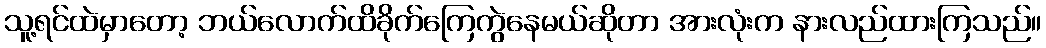
သူ့ရင်ထဲမှာတော့ ဘယ်လောက်ထိခိုက်ကြေကွဲနေမယ်ဆိုတာ အားလုံးက နားလည်ထားကြသည်။